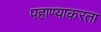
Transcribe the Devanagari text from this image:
पहाण्याकरता